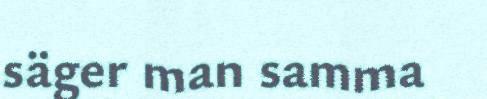
säger man samma